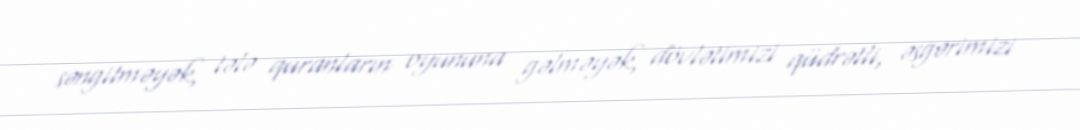
səngitməyək, tələ quranların oyununa gəlməyək, dövlətimizi qüdrətli, əsgərimizi